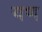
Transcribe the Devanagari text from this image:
यण